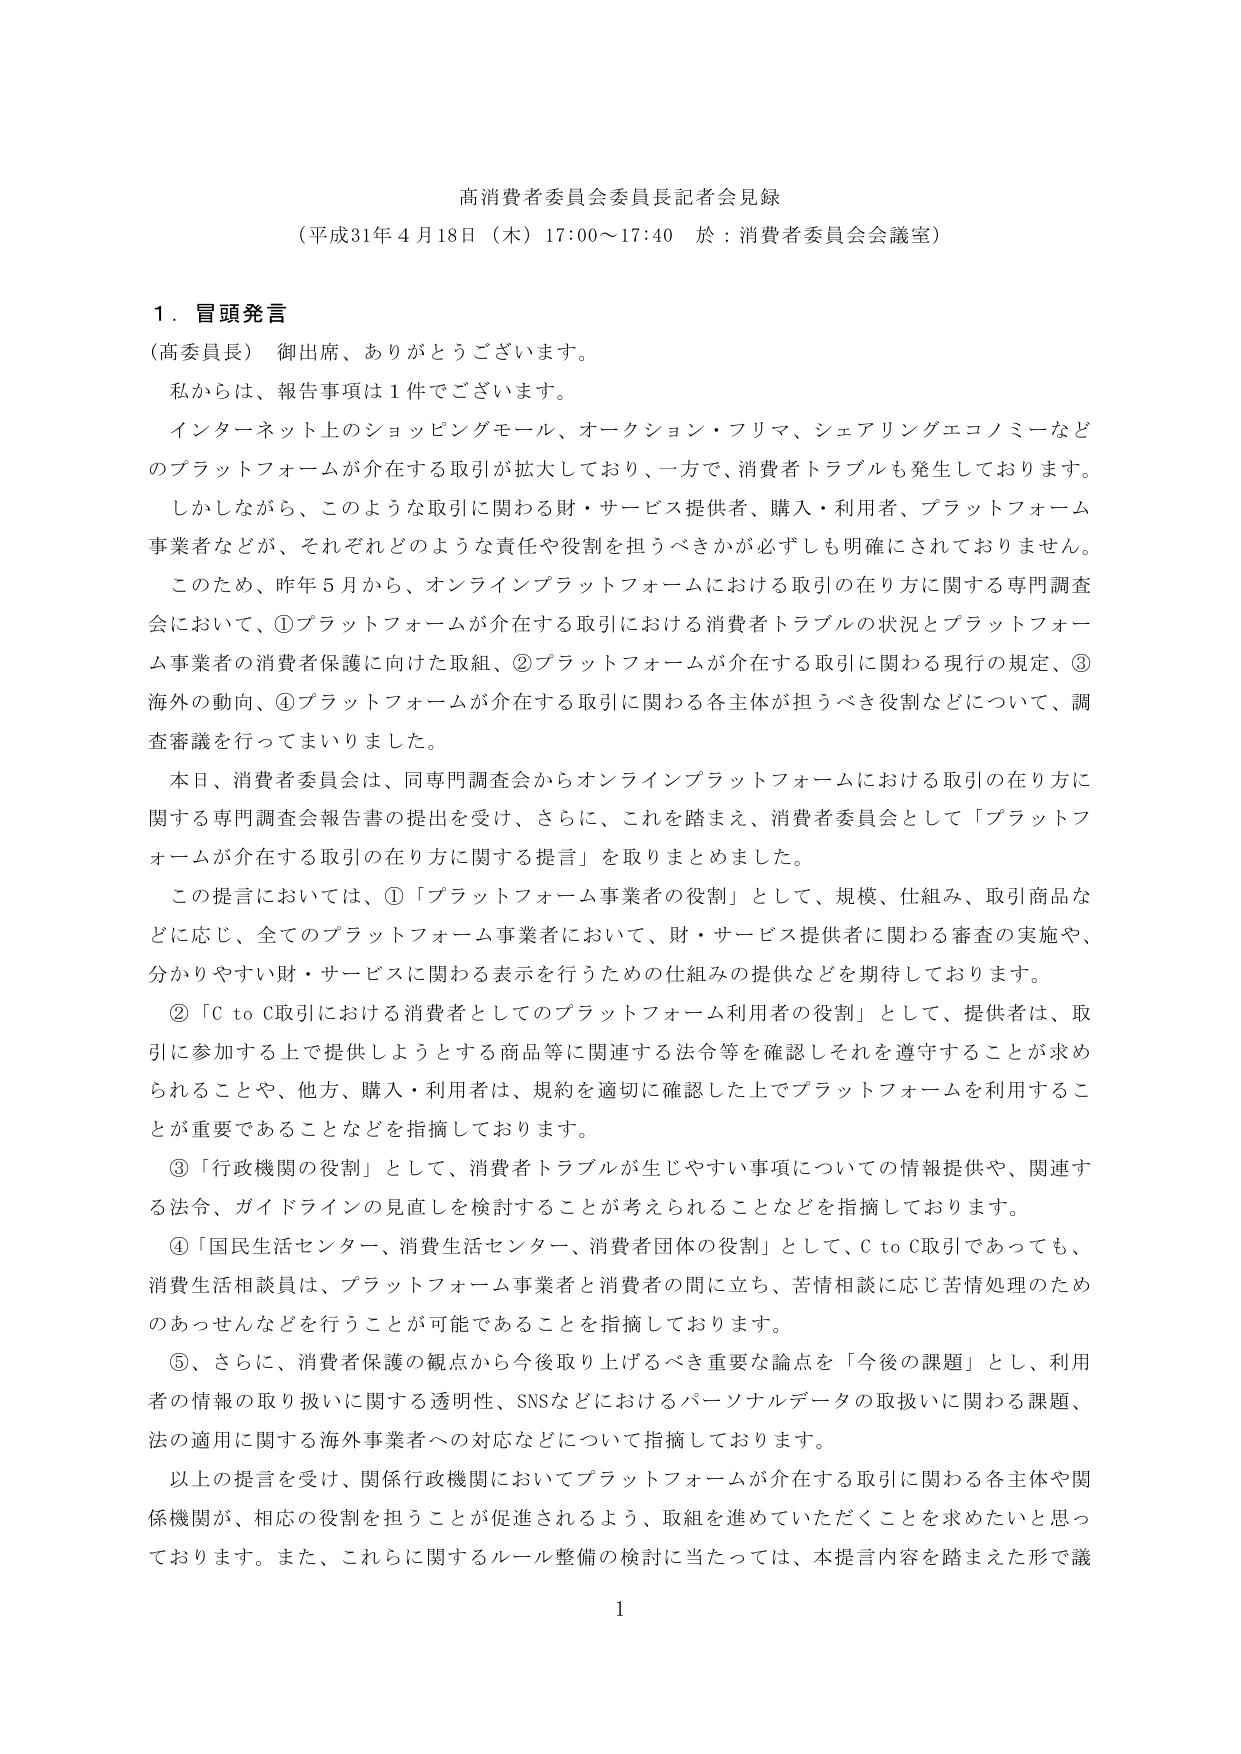
高消費者委員会委員長記者会見録
（平成31年4月18日（木）17:00～17:40 於：消費者委員会会議室）

1．冒頭発言
（高委員長） 御出席、ありがとうございます。
私からは、報告事項は1件でございます。
インターネット上のショッピングモール、オークション・フリマ、シェアリングエコノミーなどのプラットフォームが介在する取引が拡大しており、一方で、消費者トラブルも発生しております。
しかしながら、このような取引に関わる財・サービス提供者、購入・利用者、プラットフォーム事業者などが、それぞれどのような責任や役割を担うべきかが必ずしも明確にされておりません。
このため、昨年5月から、オンラインプラットフォームにおける取引の在り方に関する専門調査会において、①プラットフォームが介在する取引における消費者トラブルの状況とプラットフォーム事業者の消費者保護に向けた取組、②プラットフォームが介在する取引に関わる現行の規定、③海外の動向、④プラットフォームが介在する取引に関わる各主体が担うべき役割などについて、調査審議を行ってまいりました。
本日、消費者委員会は、同専門調査会からオンラインプラットフォームにおける取引の在り方に関する専門調査会報告書の提出を受け、さらに、これを踏まえ、消費者委員会として「プラットフォームが介在する取引の在り方に関する提言」を取りまとめました。
この提言においては、①「プラットフォーム事業者の役割」として、規模、仕組み、取引商品などに応じ、全てのプラットフォーム事業者において、財・サービス提供者に関わる審査の実施や、分かりやすい財・サービスに関わる表示を行うための仕組みの提供などを期待しております。
②「C to C取引における消費者としてのプラットフォーム利用者の役割」として、提供者は、取引に参加する上で提供しようとする商品等に関連する法令等を確認しそれを遵守することが求められることや、他方、購入・利用者は、規約を適切に確認した上でプラットフォームを利用することが重要であることなどを指摘しております。
③「行政機関の役割」として、消費者トラブルが生じやすい事項についての情報提供や、関連する法令、ガイドラインの見直しを検討することが考えられることなどを指摘しております。
④「国民生活センター、消費生活センター、消費者団体の役割」として、C to C取引であっても、消費生活相談員は、プラットフォーム事業者と消費者の間に立ち、苦情相談に応じ苦情処理のためのあっせんなどを行うことが可能であることを指摘しております。
⑤、さらに、消費者保護の観点から今後取り上げるべき重要な論点を「今後の課題」とし、利用者の情報の取り扱いに関する透明性、SNSなどにおけるパーソナルデータの取扱いに関わる課題、法の適用に関する海外事業者への対応などについて指摘しております。
以上の提言を受け、関係行政機関においてプラットフォームが介在する取引に関わる各主体や関係機関が、相応の役割を担うことが促進されるよう、取組を進めていただくことを求めたいと思っております。また、これらに関するルール整備の検討に当たっては、本提言内容を踏まえた形で議

1